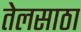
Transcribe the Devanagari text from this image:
तेलसाठा